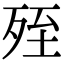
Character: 𣨂